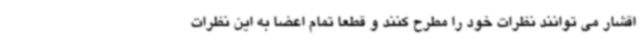
اقشار می توانند نظرات خود را مطرح کنند و قطعا تمام اعضا به این نظرات